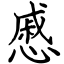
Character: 慼